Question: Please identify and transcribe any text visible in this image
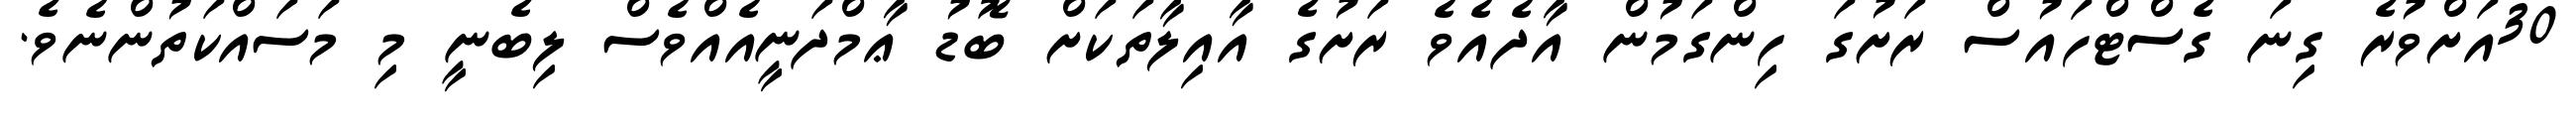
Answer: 30އަށްވުރެ ގިނަ ގެސްޓްހައުސް ރަށުގަ ހިންގަމުން އާދެއެވެ ރަށުގެ އާއިލާތަކަށް ބޮޑު ޢާމްދަނީއެއްވެސް ލިބެނީ މި މަސައްކަތުންނެވެ.